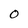
Character: 0